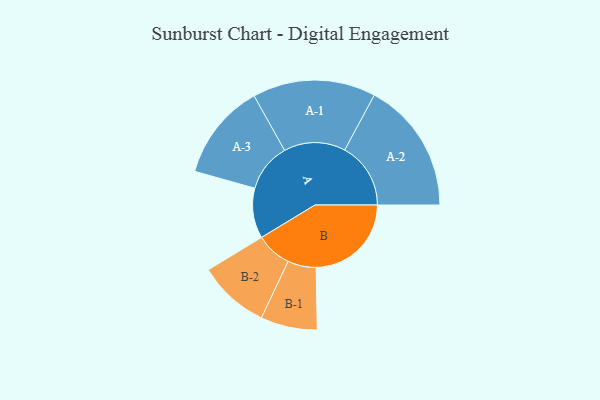
{"axis": {"x": "Segment", "y": "Value"}, "legend": ["", "A", "B"], "data": [{"x": "A", "y": 225, "type": ""}, {"x": "B", "y": 427, "type": ""}, {"x": "A-1", "y": 276, "type": "A"}, {"x": "A-2", "y": 296, "type": "A"}, {"x": "A-3", "y": 217, "type": "A"}, {"x": "B-1", "y": 127, "type": "B"}, {"x": "B-2", "y": 160, "type": "B"}]}